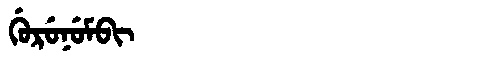
Manchu: ᡤᡠᡵᡠᠨᡠᠮᠪᡳ
Romanization: GURUNUMBI